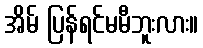
အိမ် ပြန်ရင်မမီဘူးလား။